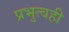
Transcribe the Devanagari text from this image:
प्रभुत्वही